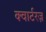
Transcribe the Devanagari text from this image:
क्वार्टरज़